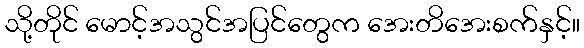
သို့တိုင် မောင့်အသွင်အပြင်တွေက အေးတိအေးစက်နှင့်။